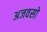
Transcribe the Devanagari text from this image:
अजवसो